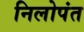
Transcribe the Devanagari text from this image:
निलोपंत